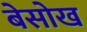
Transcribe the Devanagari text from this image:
बेसोख